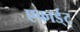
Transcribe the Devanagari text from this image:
एकार्ड्‌ट